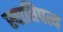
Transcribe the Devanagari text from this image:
स्वाधिपत्य